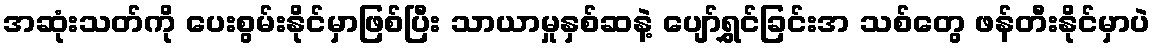
အဆုံးသတ်ကို ပေးစွမ်းနိုင်မှာဖြစ်ပြီး သာယာမှုနှစ်ဆနဲ့ ပျော်ရွှင်ခြင်းအ သစ်တွေ ဖန်တီးနိုင်မှာပဲ